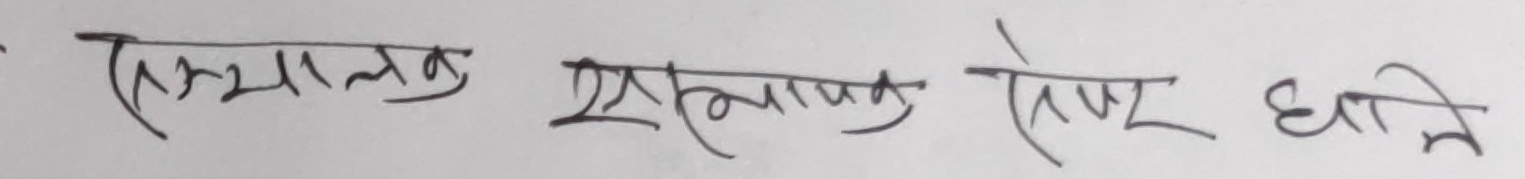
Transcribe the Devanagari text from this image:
ट्रयालरुक एस्ट्रानक श्रेष्ठ धाने